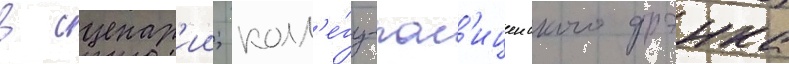
в сценар'ии; колл'е́гу-пол'ицеиского фрэнка